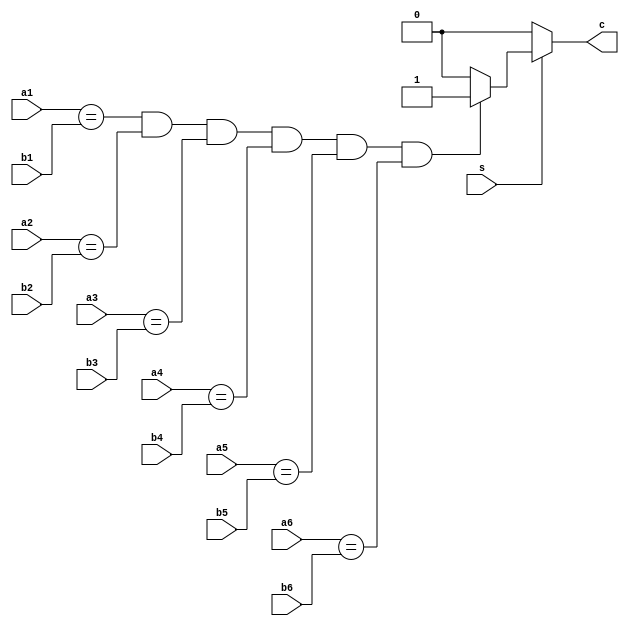
// sa1-6b1-6c1
module judge(
    input s,
    input [3:0] a1, a2, a3, a4, a5, a6,
    input [3:0] b1, b2, b3, b4, b5, b6,
    output reg c
);

    always @(s) begin
        if (s) begin
            if (a1 == b1 && a2 == b2 && a3 == b3 && a4 == b4 && a5 == b5 && a6 == b6) begin
                c <= 1'b1;
            end else begin
                c <= 1'b0;
            end
        end else begin
            c <= 1'b0;
        end
    end

endmodule